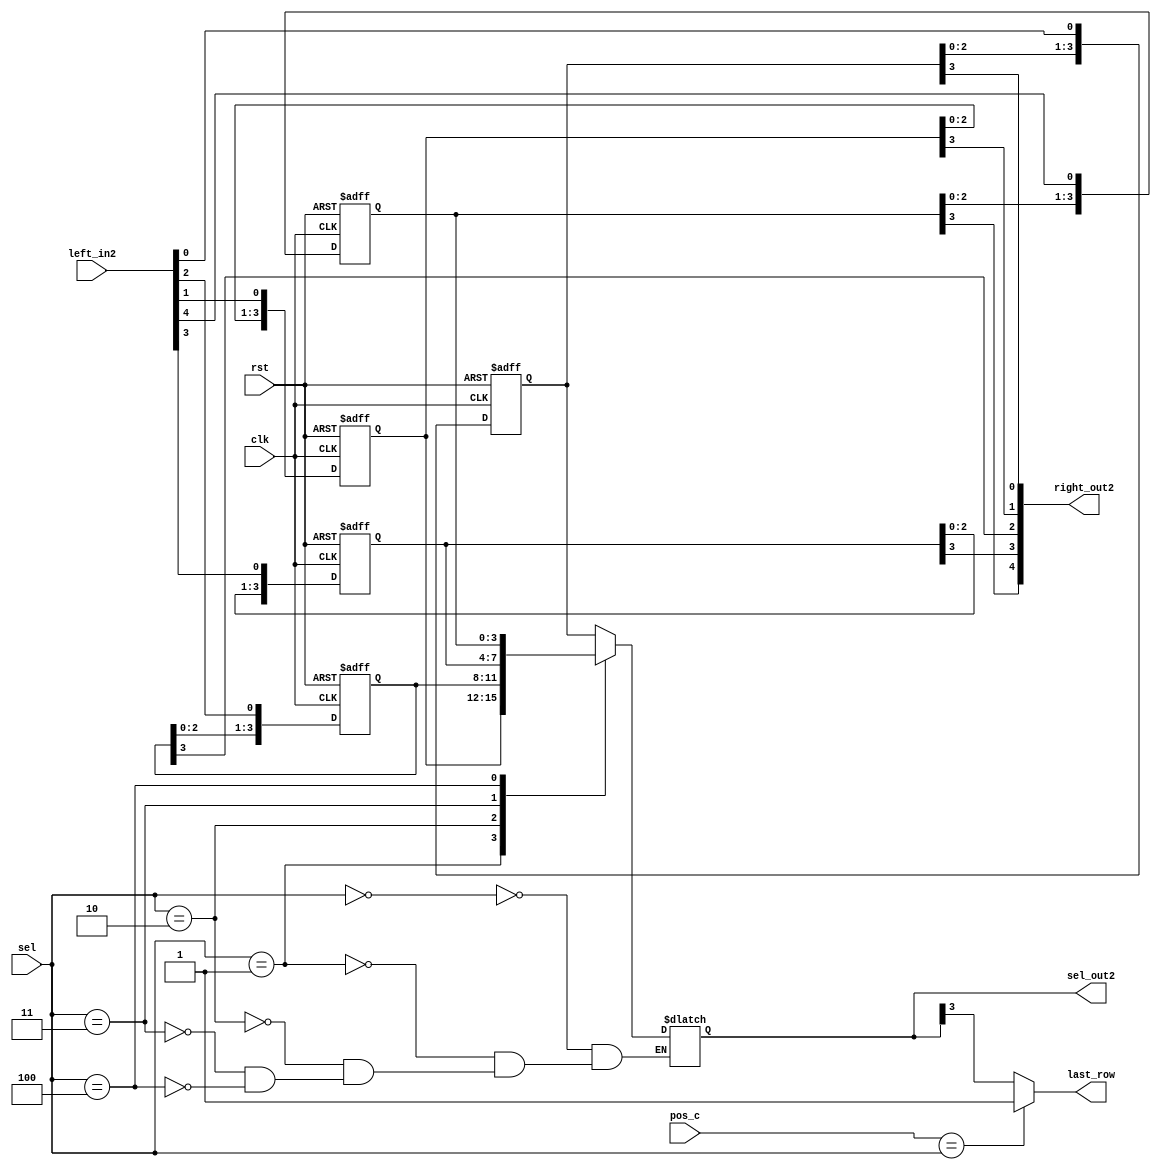
// Generated by MyHDL 0.8


`timescale 1ns/10ps

module CPLD3 (
    clk,
    rst,
    left_in2,
    sel,
    sel_out2,
    right_out2,
    pos_c,
    last_row
);


input clk;
input rst;
input [4:0] left_in2;
input [2:0] sel;
output [3:0] sel_out2;
reg [3:0] sel_out2;
output [4:0] right_out2;
wire [4:0] right_out2;
input [2:0] pos_c;
output last_row;
reg last_row;

reg [3:0] a_a;
reg [3:0] a_c;
reg [3:0] a_b;
reg [3:0] a_e;
reg [3:0] a_d;





always @(posedge clk, posedge rst) begin: CPLD3_A_SHIFTER
    if (rst == 1) begin
        a_a <= 0;
        a_c <= 0;
        a_b <= 0;
        a_e <= 0;
        a_d <= 0;
    end
    else begin
        a_a[4-1:1] <= a_a[3-1:0];
        a_a[0] <= left_in2[0];
        a_b[4-1:1] <= a_b[3-1:0];
        a_b[0] <= left_in2[1];
        a_c[4-1:1] <= a_c[3-1:0];
        a_c[0] <= left_in2[2];
        a_d[4-1:1] <= a_d[3-1:0];
        a_d[0] <= left_in2[3];
        a_e[4-1:1] <= a_e[3-1:0];
        a_e[0] <= left_in2[4];
    end
end


always @(a_a, a_c, a_b, a_e, a_d, sel) begin: CPLD3_A_SELECTOR
    case (sel)
        'h0: begin
            sel_out2 = a_a;
        end
        'h1: begin
            sel_out2 = a_b;
        end
        'h2: begin
            sel_out2 = a_c;
        end
        'h3: begin
            sel_out2 = a_d;
        end
        'h4: begin
            sel_out2 = a_e;
        end
    endcase
end



assign right_out2 = {a_e[3], a_d[3], a_c[3], a_b[3], a_a[3]};


always @(pos_c, sel, sel_out2) begin: CPLD3_REPLACECHARACTOR
    if ((pos_c == sel)) begin
        last_row = 1;
    end
    else begin
        last_row = sel_out2[3];
    end
end

endmodule